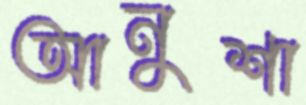
আনুশা